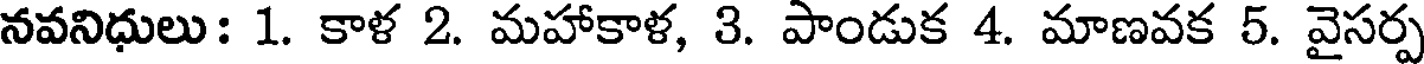
నవనిధులు: 1. కాళ 2. మహాకాళ, 3. పాండుక 4. మాణవక 5. వైసర్ప